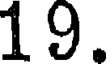
19.